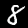
Label: 8